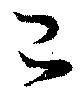
己